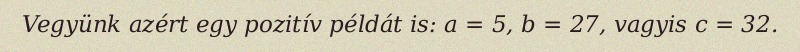
Vegyünk azért egy pozitív példát is: a = 5, b = 27, vagyis c = 32.